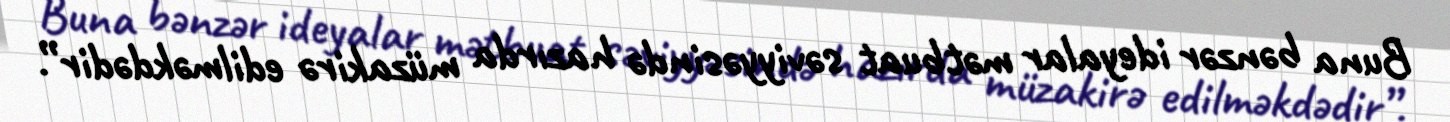
Buna bənzər ideyalar mətbuat səviyyəsində hazırda müzakirə edilməkdədir”.